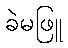
ခဲမဖြူ